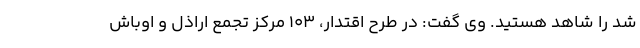
شد را شاهد هستید. وی گفت: در طرح اقتدار، ۱۰۳ مرکز تجمع اراذل و اوباش